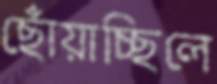
ছোঁয়াচ্ছিলে